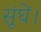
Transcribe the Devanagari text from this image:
सूंघें।